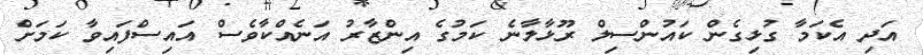
އަދި އެކަމާ ގުޅިގެން ކައުންސިލް ރޫޅާލާނެ ކަމުގެ އިންޒާރު އަނެއްކާވެސް އައިސްފައިވާ ކަމަށް